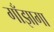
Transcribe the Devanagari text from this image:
गाँझागा